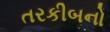
તરકીબનો